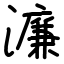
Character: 濂